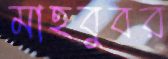
মাহবুবর